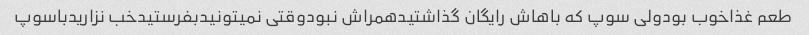
طعم غذاخوب بودولی سوپ که باهاش رایگان گذاشتیدهمراش نبودوقتی نمیتونیدبفرستیدخب نزاریدباسوپ